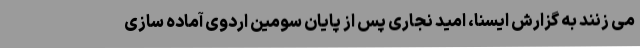
می زنند به گزارش ایسنا، امید نجاری پس از پایان سومین اردوی آماده سازی